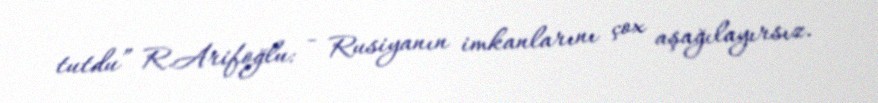
tutdu” R.Arifoğlu: - Rusiyanın imkanlarını çox aşağılayırsız.